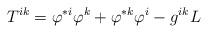
LaTeX: \begin{align*}T^{ik}=\varphi ^{\ast i}\varphi ^{k}+\varphi ^{\ast k}\varphi ^{i}-g^{ik}L\end{align*}